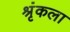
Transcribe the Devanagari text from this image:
श्रृंकला